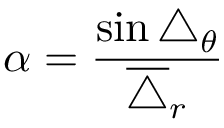
\alpha = \frac { \sin \triangle _ { \theta } } { \overline { { \triangle } } _ { r } }